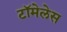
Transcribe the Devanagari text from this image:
टॉमेलेस